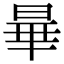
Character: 𬀽